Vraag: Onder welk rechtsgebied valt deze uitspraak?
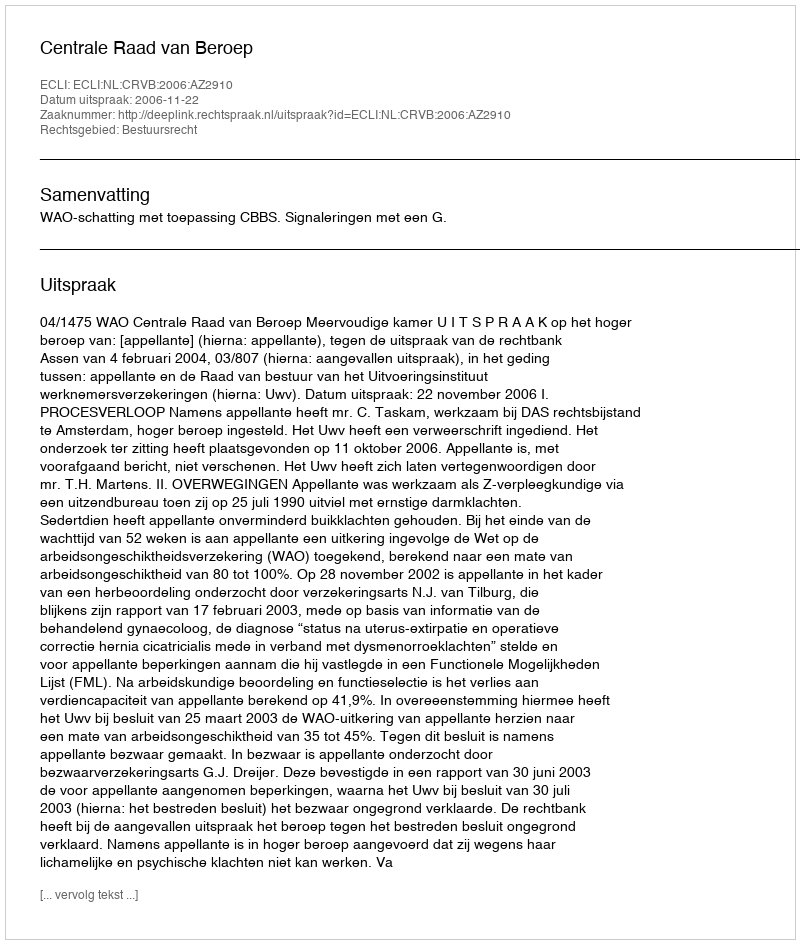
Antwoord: Bestuursrecht